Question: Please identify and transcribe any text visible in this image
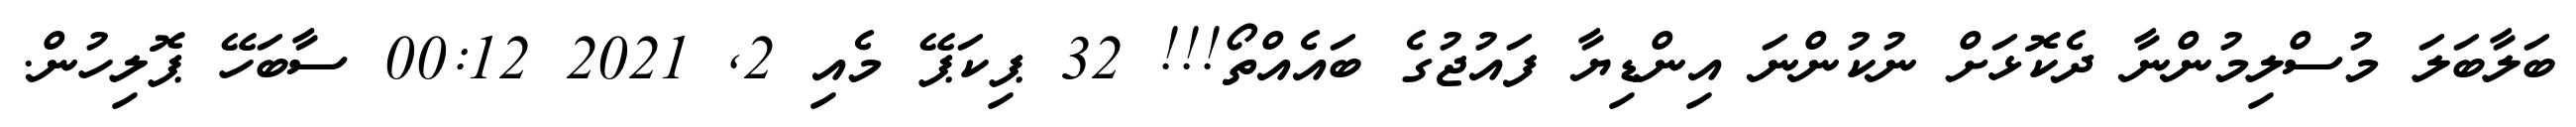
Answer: ބަލާބަލަ މުސްލިމުންނާ ދެކޮޅަށް ނުކުންނަ އިންޑިޔާ ފައުޖުގެ ބައެއްތޯ!!! 32 ޕިކަޕޭ މެއި 2, 2021 00:12 ސާބަހޭ ޕޮލިހުން.